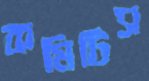
কমিটিস